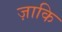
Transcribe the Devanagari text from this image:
ज़ाकि